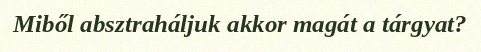
Miből absztraháljuk akkor magát a tárgyat?